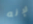
لإنه